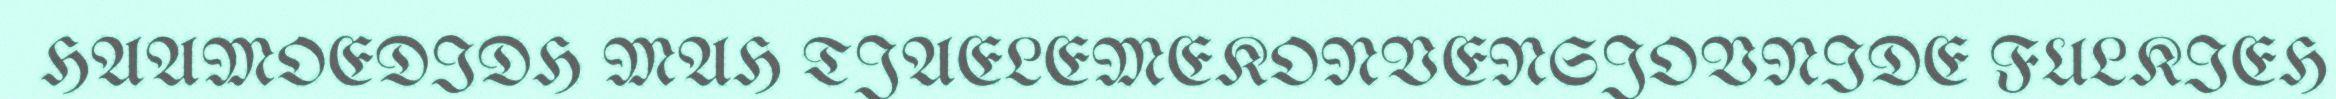
HAAMOEDIDH MAH TJAELEMEKONVENSJOVNIDE FULKIEH